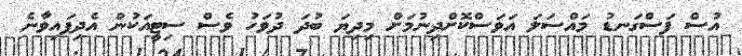
އުސް ފަސްގަނޑު މައްސަލަ އަވަސްކޮށްދިނުމަށް މިދިޔަ ބުދަ ދުވަހު ވެސް ސިޓީއަކުން އެދިފައިވާނެ